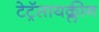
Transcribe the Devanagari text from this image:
टेट्रॅसायक्लीन